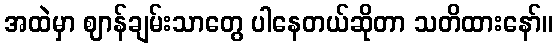
အထဲမှာ ဈာန်ချမ်းသာတွေ ပါနေတယ်ဆိုတာ သတိထားနော်။